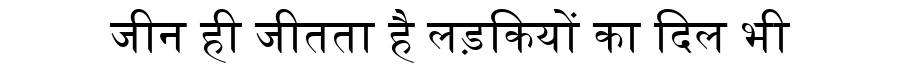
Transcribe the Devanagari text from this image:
जीन ही जीतता है लड़कियों का दिल भी